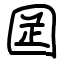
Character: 𡇬